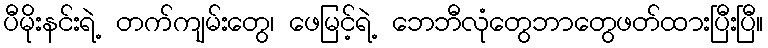
ပီမိုးနင်းရဲ့ တက်ကျမ်းတွေ၊ ဖေမြင့်ရဲ့ ဘေဘီလုံတွေဘာတွေဖတ်ထားပြီးပြီ။